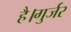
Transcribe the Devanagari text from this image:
है।गुर्जर